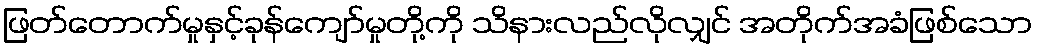
ဖြတ်တောက်မှုနှင့်ခုန်ကျော်မှုတို့ကို သိနားလည်လိုလျှင် အတိုက်အခံဖြစ်သော